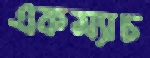
একম্যাচ